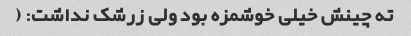
ته چینش خیلی خوشمزه بود ولی زرشک نداشت: (